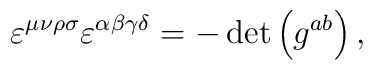
\varepsilon ^{\mu \nu \rho \sigma }\varepsilon ^{\alpha \beta \gamma \delta}=-\det \left( g^{ab}\right) ,